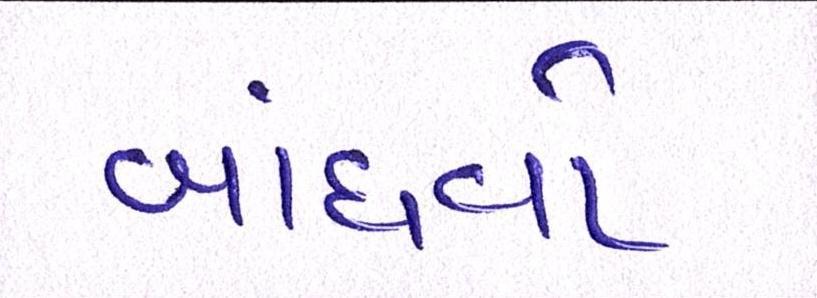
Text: બાંધવો